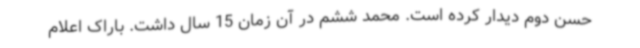
حسن دوم دیدار کرده است. محمد ششم در آن زمان 15 سال داشت. باراک اعلام